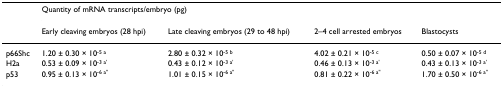
<table><thead><tr><td></td><td colspan="4"><b>Quantity of mRNA transcripts/embryo (pg)</b></td></tr><tr><td></td><td><b>Early cleaving embryos (28 hpi)</b></td><td><b>Late cleaving embryos (29 to 48 hpi)</b></td><td><b>2–4 cell arrested embryos</b></td><td><b>Blastocysts</b></td></tr></thead><tbody><tr><td>p66Shc</td><td>1.20 ± 0.30 × 10<sup>-5 a</sup></td><td>2.80 ± 0.32 × 10<sup>-5 b</sup></td><td>4.02 ± 0.21 × 10<sup>-5 c</sup></td><td>0.50 ± 0.07 × 10<sup>-5 d</sup></td></tr><tr><td>H2a</td><td>0.53 ± 0.09 × 10<sup>-3 a&#x27;</sup></td><td>0.43 ± 0.12 × 10<sup>-3 a&#x27;</sup></td><td>0.46 ± 0.13 × 10<sup>-3 a&#x27;</sup></td><td>0.43 ± 0.13 × 10<sup>-3 a&#x27;</sup></td></tr><tr><td>p53</td><td>0.95 ± 0.13 × 10<sup>-6 a&quot;</sup></td><td>1.01 ± 0.15 × 10<sup>-6 a&quot;</sup></td><td>0.81 ± 0.22 × 10<sup>-6 a&quot;</sup></td><td>1.70 ± 0.50 × 10<sup>-6 a&quot;</sup></td></tr></tbody></table>